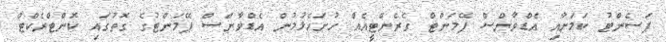
ޕަސެންޓު ކަމަށާއި އެޑްވާންސް ޕޭމަންޓް ގެރެންޓީއެއް ހުށަހެޅުމުން އެޑްވާންސް ޕޭމަންޓުގެ ގޮތުގައި ކޮންޓްރެކްޓް